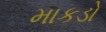
માકડો